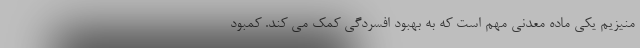
منیزیم یکی ماده معدنی مهم است که به بهبود افسردگی کمک می کند. کمبود